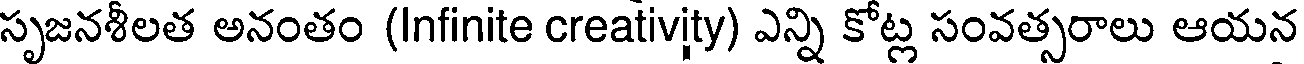
సృజనశీలత అనంతం (Infinite creativity) ఎన్ని కోట్ల సంవత్సరాలు ఆయన